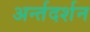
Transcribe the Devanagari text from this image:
अर्न्तदर्शन